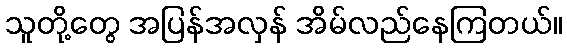
သူတို့တွေ အပြန်အလှန် အိမ်လည်နေကြတယ်။